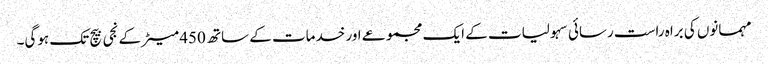
مہمانوں کی براہ راست رسائی سہولیات کے ایک مجموعے اور خدمات کے ساتھ 450 میٹر کے نجی بیچ تک ہوگی۔